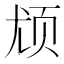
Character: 𬱔